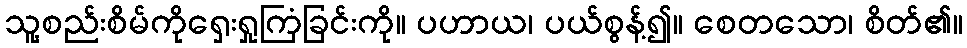
သူ့စည်းစိမ်ကိုရှေးရှုကြံခြင်းကို။ ပဟာယ၊ ပယ်စွန့်၍။ စေတသော၊ စိတ်၏။